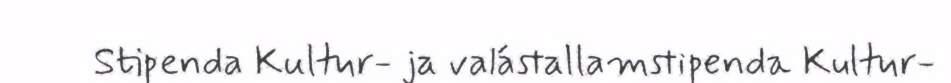
Stipenda Kultur- ja valástallamstipenda Kultur-